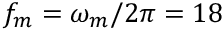
f _ { m } = \omega _ { m } / 2 \pi = 1 8